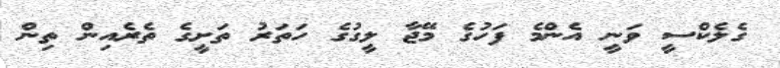
ގެލެކްސީ ވަނީ އެންމެ ފަހުގެ މޭޖާ ލީގުގެ ހަތަރު ތަށީގެ ތެރެއިން ތިން